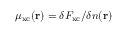
\mu _ { \mathrm { x c } } ( \mathbf { r } ) = \delta F _ { \mathrm { x c } } / \delta n ( \mathbf { r } )